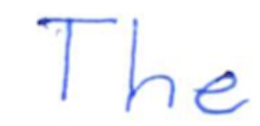
Text: The
Cross-out: clean
Writing tool: ballpoint